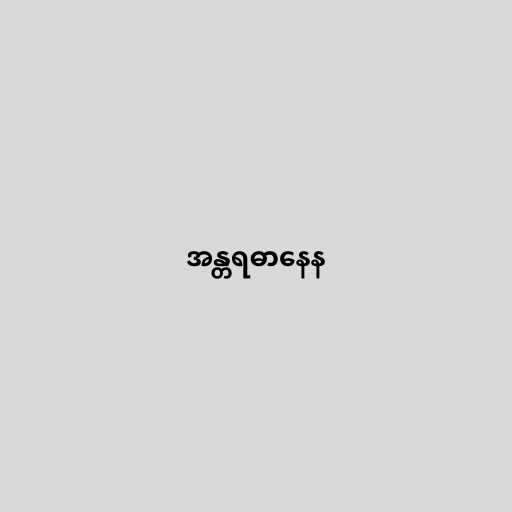
အန္တရဓာနေန